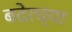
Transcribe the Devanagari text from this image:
बदेरच्या